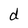
Character: d